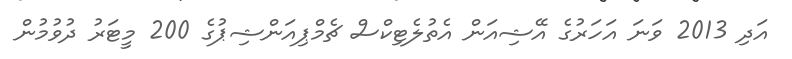
އަދި 2013 ވަނަ އަހަރުގެ އޭޝިއަން އެތުލެޓިކްސް ޗެމްޕިއަންޝިޕުގެ 200 މީޓަރު ދުވުމުން